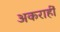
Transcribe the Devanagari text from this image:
अकराहीं